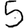
Digit: 5